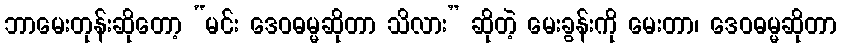
ဘာမေးတုန်းဆိုတော့ “မင်း ဒေဝဓမ္မဆိုတာ သိလား” ဆိုတဲ့ မေးခွန်းကို မေးတာ၊ ဒေဝဓမ္မဆိုတာ